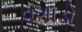
વગાડો